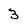
Character: 3